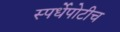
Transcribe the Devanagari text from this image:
स्पर्धेपोटीच